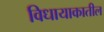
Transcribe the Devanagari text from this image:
विधायाकातील